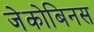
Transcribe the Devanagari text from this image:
जेकोबिनस